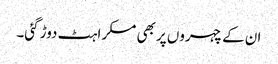
ان کے چہروں پر بھی مسکراہٹ دوڑ گئی۔